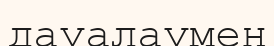
дауалаумен